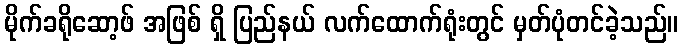
မိုက်ခရိုဆော့ဖ် အဖြစ် ရှိ ပြည်နယ် လက်ထောက်ရုံးတွင် မှတ်ပုံတင်ခဲ့သည်။